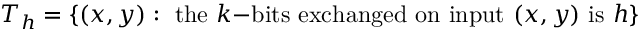
T _ { h } = \{ ( x , y ) : { \mathrm { ~ t h e ~ } } k { \mathrm { - b i t s ~ e x c h a n g e d ~ o n ~ i n p u t ~ } } ( x , y ) { \mathrm { ~ i s ~ } } h \}